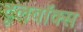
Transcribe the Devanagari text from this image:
टूलबॉक्स